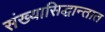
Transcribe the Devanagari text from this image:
संख्यासिद्धान्तात